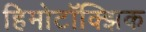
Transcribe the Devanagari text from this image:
हिमोटॉक्झिक